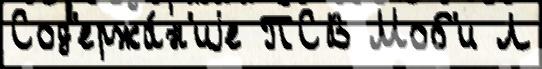
Сод'ержа́н'иjе ПСВ Моб'и Л